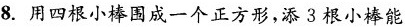
8.用四根小棒围成一个正方形，添3根小棒能